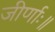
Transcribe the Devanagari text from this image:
जीर्णाः॥